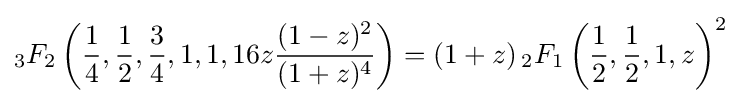
{}_{3}F_{2}\left({\frac {1}{4}},{\frac {1}{2}},{\frac {3}{4}},1,1,16z{\frac {(1-z)^{2}}{(1+z)^{4}}}\right)=(1+z)\,{}_{2}F_{1}\left({\frac {1}{2}},{\frac {1}{2}},1,z\right)^{2}